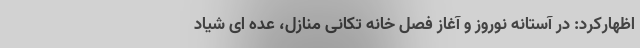
اظهارکرد: در آستانه نوروز و آغاز فصل خانه تکانی منازل، عده ای شیاد